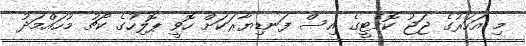
މި އަހަރުގެ ޖަޖު ކޮމެޓީގެ އިސް ފަނޑިޔާރަކަށް ހޮވީ ޕޮލިހުގެ ކޯޗު މުހައްމަދު